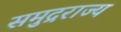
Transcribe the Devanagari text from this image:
समुद्रराज्य